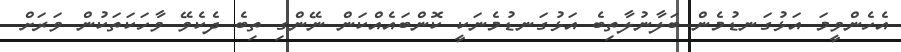
އެހެންވީމަ އަޅުގަނޑުމެން ބަލާނުލާތިބެ އަޅުގަނޑުމެނަކީ ކޮންބައެއްކަން ނޭންގި ތިބެ ދެކެވޭ ވާހަކަތަކުން ވަރަށް